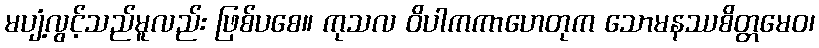
မပျံ့လွင့်သည်မူလည်း ဖြစ်ပစေ။ ကုသလ ဝိပါကကာဟေတုက သောမနဿစိတ္တမေဝ၊